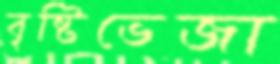
বৃষ্টিভেজা